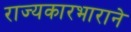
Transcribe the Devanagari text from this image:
राज्यकारभाराने